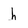
Character: h